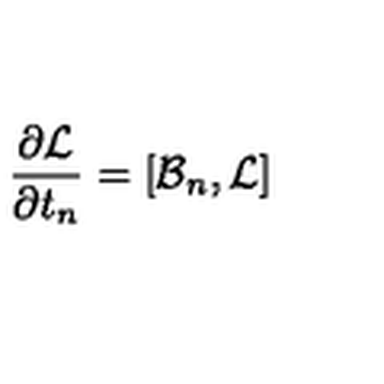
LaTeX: { \frac { \partial { \cal L } } { \partial t _ { n } } } = [ { \cal B } _ { n } , { \cal L } ]